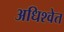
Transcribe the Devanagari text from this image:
अधिश्वेत